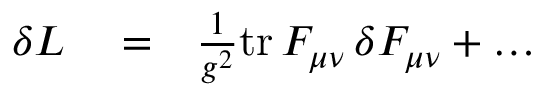
\begin{array} { r l r } { \delta { \cal L } } & { { } = } & { { \frac { 1 } { g ^ { 2 } } } \mathrm { t r } \, F _ { \mu \nu } \, \delta F _ { \mu \nu } + \dots } \end{array}